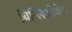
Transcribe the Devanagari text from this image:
बिब्लिओथेक